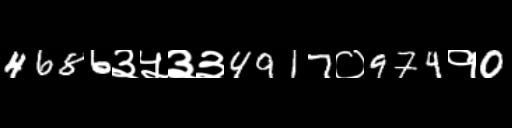
Text: 4686३५३३4917०974१0